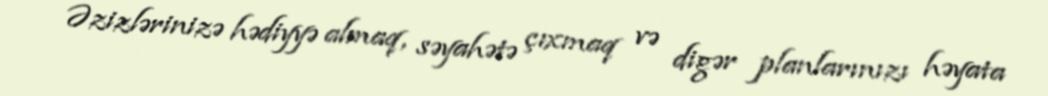
Əzizlərinizə hədiyyə almaq, səyahətə çıxmaq və digər planlarınızı həyata